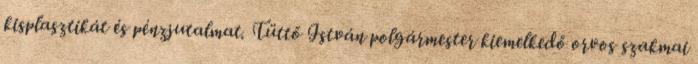
kisplasztikát és pénzjutalmat. Tüttő István polgármester kiemelkedő orvos szakmai